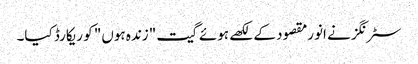
سٹرنگز نے انورمقصود کے لکھے ہوئے گیت "زندہ ہوں" کو ریکارڈ کیا۔